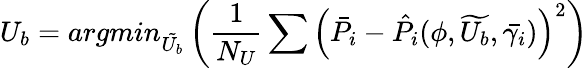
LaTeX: U_{b}=argmin_{\tilde{U_{b}}}\left(\frac{1}{N_{U}}\sum\left(\bar{P_{i}}-\hat{P_{i}}(\phi,\widetilde{U_{b}},\bar{\gamma_{i}})\right)^{2}\right)